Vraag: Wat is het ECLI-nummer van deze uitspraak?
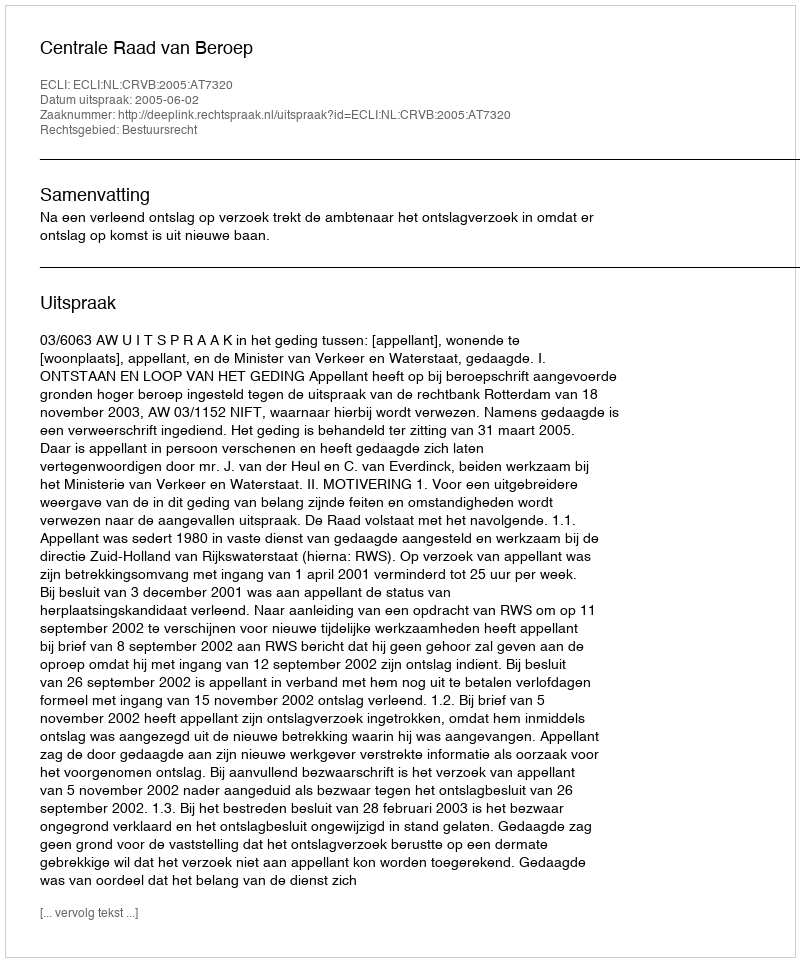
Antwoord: ECLI:NL:CRVB:2005:AT7320